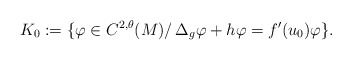
\begin{align*}K_0:=\{\varphi\in C^{2,\theta}(M)/\, \Delta_g \varphi+h\varphi=f'(u_0)\varphi\}.\end{align*}